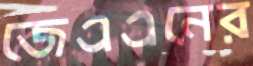
জেএএনের